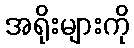
အရိုးများကို